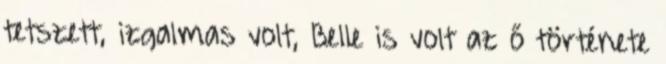
tetszett, izgalmas volt, Belle is volt az ő története